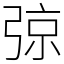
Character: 弶